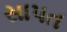
સાપત